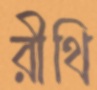
রীথি